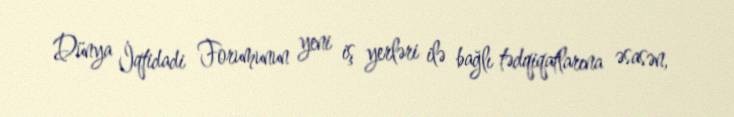
Dünya İqtidadi Forumunun yeni iş yerləri ilə bağlı tədqiqatlarına əsasən,